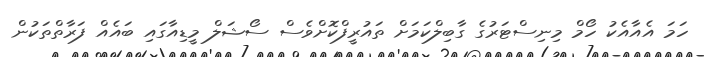
ހަމަ އެއާއެކު ހޯމް މިނިސްޓަރުގެ ގާބިލްކަމަށް ތައުރީފްކޮށްވެސް ސޯޝަލް މީޑިއާގައި ބައެއް ފަރާތްތަކުން